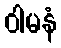
ဝါမနံ